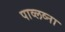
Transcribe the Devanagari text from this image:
पाव्लव्ना